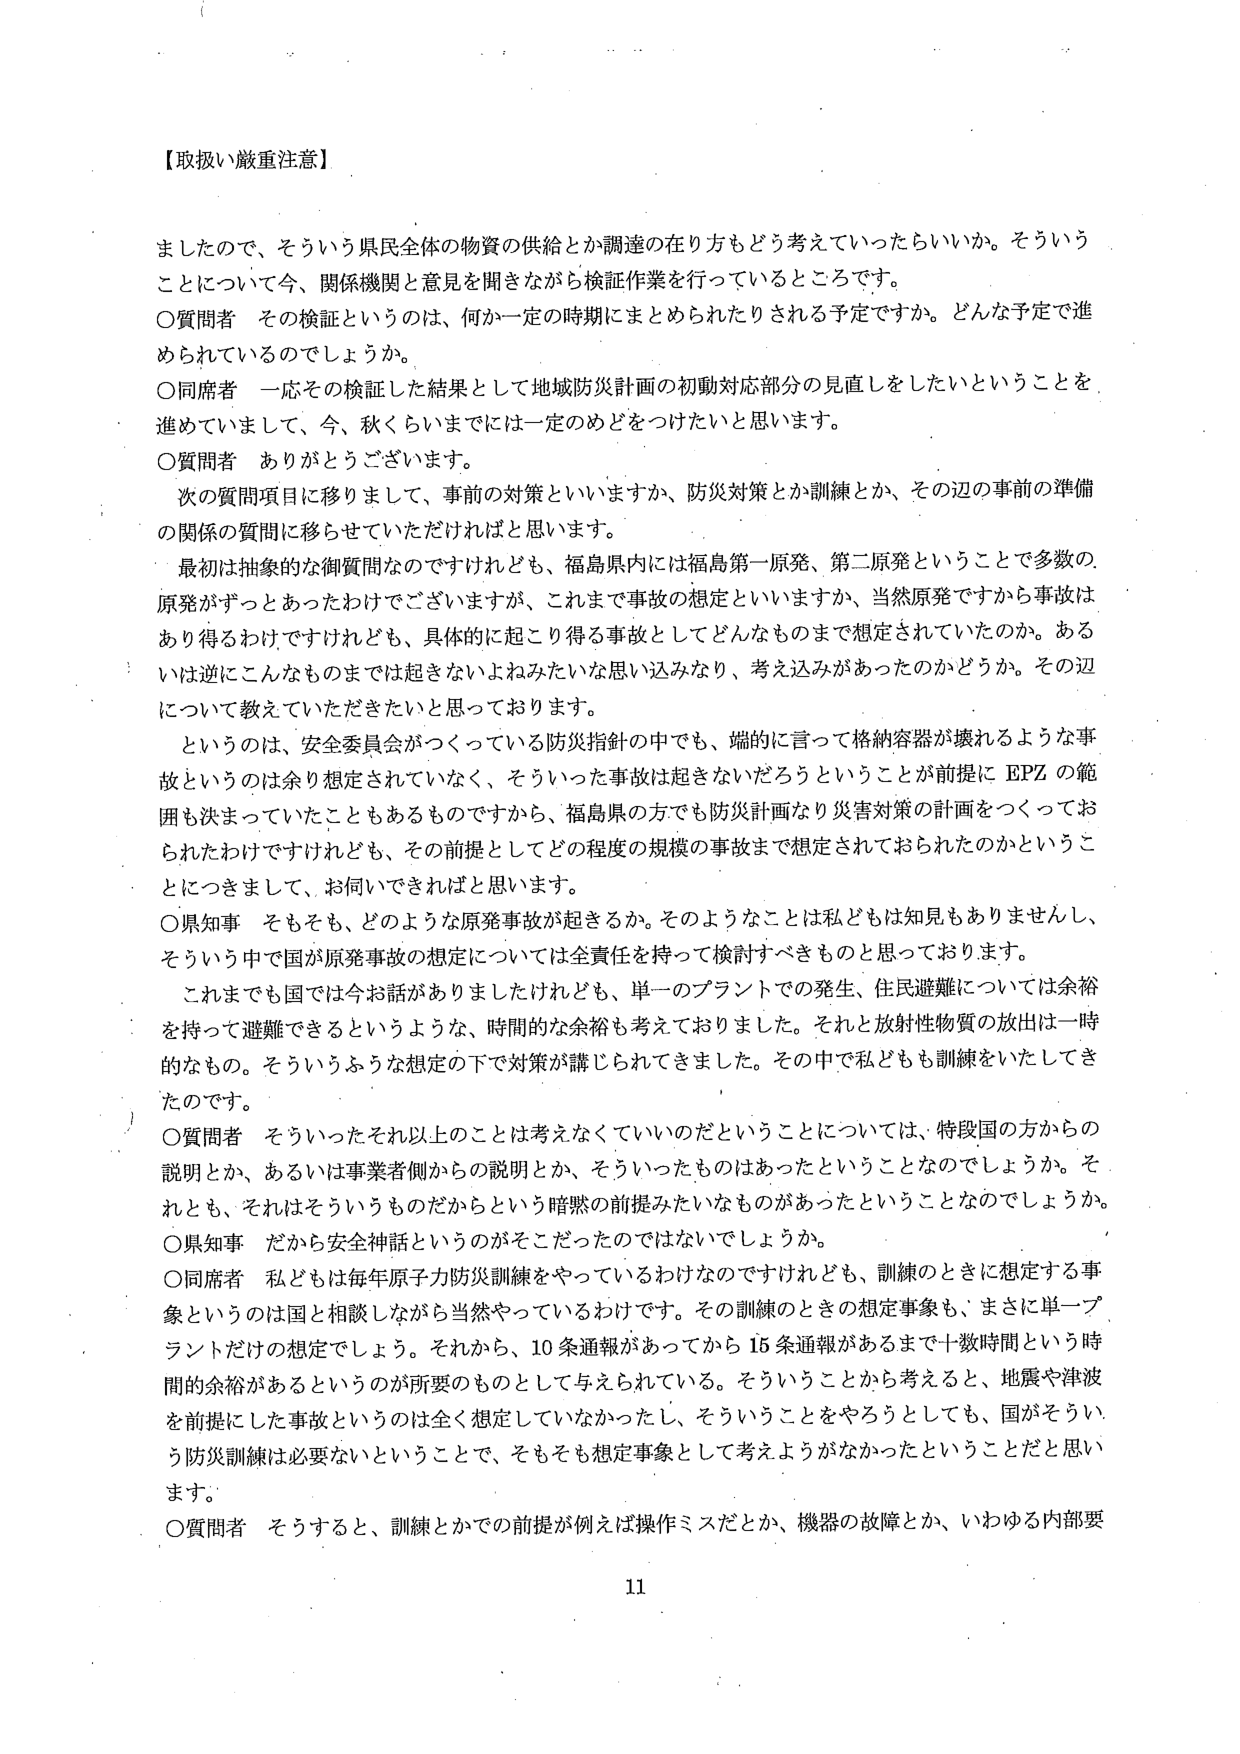
【取扱い厳重注意】

ましたので、そういう県民全体の物資の供給とか調達の在り方もどう考えていったらいいか。そういうことについて今、関係機関と意見を聞きながら検証作業を行っているところです。

〇質問者　その検証というのは、何か一定の時期にまとめられたりされる予定ですか。どんな予定で進められているのでしょうか。

〇同席者　一応その検証した結果として地域防災計画の初動対応部分の見直しをしたいということを進めていまして、今、秋くらいまでには一定のめどをつけたいと思います。

〇質問者　ありがとうございます。

次の質問項目に移りまして、事前の対策といいますか、防災対策とか訓練とか、その辺の事前の準備の関係の質問に移らせていただければと思います。

最初は抽象的な御質問なのですがけれども、福島県内には福島第一原発、第二原発ということで多数の原発がずつとあったわけでございますが、これまで事故の想定といいますか、当然原発ですから事故はあり得るわけですがけれども、具体的に起こり得る事故としてどんなものまで想定されていたのか。あるいは逆にこんなものまでは起きないよねみたいな思い込みなり、考え込みがあったのかどうか。その辺について教えていただきたいと思っております。

というのは、安全委員会がつくっている防災指針の中でも、端的に言って格納容器が壊れるような事故というのは余り想定されていなく、そういった事故は起きないだろうということが前提にEPZの範囲も決まっていたこともあるものですから、福島県の方でも防災計画なり災害対策の計画をつくっておられたわけですがけれども、その前提としてどの程度の規模の事故まで想定されておられたのかということにつきまして、お伺いできればと思います。

〇県知事　そもそも、どのような原発事故が起きるか。そのようなことは私どもは知見もありませんし、そういう中で国が原発事故の想定については全責任を持って検討すべきものと思っております。

これまでも国では今お話がありましたけれども、単一のプラントでの発生、住民避難については余裕を持って避難できるというような、時間的な余裕も考えておりました。それと放射性物質の放出は一時的なもの。そういうふうな想定の下で対策が講じられてきました。その中で私どもも訓練をいたしてきました。

〇質問者　そういったそれ以上のこととは考えなくていいのだということについては、特段国の方からの説明とか、あるいは事業者側からの説明とか、そういったものはあったということなのでしょうか。それとも、それはそういうものだからという暗黙の前提みたいなものがあったということなのでしょうか。

〇県知事　だから安全神話というのがそこだったのではないでしょうか。

〇同席者　私どもは毎年原子力防災訓練をやっているわけなのですがけれども、訓練のときに想定する事象というのは国と相談しながら当然やっているわけです。その訓練のときの想定事象も、まさに単一プラントだけの想定でしょう。それから、10条通報があってから15条通報があるまで十数時間という時間的余裕があるというのが所要のものとして与えられている。そういうことから考えると、地震や津波を前提にした事故というのは全く想定していなかったし、そういうことをやろうとしても、国がそういう防災訓練は必要ないということで、そもそも想定事象として考えようがなかったということだと思います。

〇質問者　そうすると、訓練とかでの前提が例えば操作ミスだとか、機器の故障とか、いわゆる内部要

11